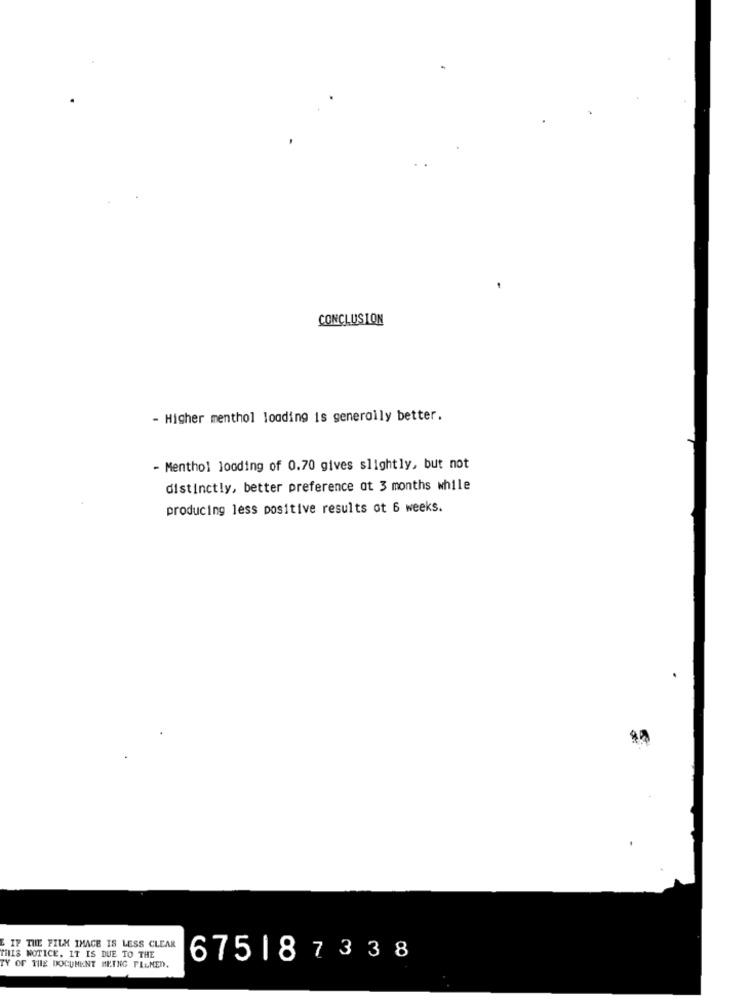
CONCLUSION
- Higher menthol loading is generally better.
- Menthol looding of 0.70 gives slightly, but not
distinctly, better preference ot 3 months while
producing less positive results ot 6 weeks.
IF THE FILM IMAGE IS LESS CLEAR
THIS NOTICE, IT IS DUE TO THE
675187338
TY OF THE DOCUMENT BETNG PILMED.